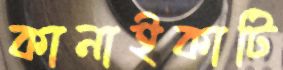
কানাইকাটি